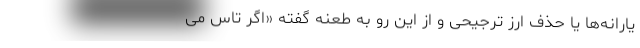
یارانه‌ها یا حذف ارز ترجیحی و از این رو به طعنه گفته «اگر تاس می‌